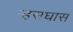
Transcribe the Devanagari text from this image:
र्‍हसघास